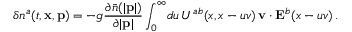
\delta n ^ { a } ( t , { \bf x } , { \bf p } ) = - g { \frac { \partial \bar { n } ( | { \bf p } | ) } { \partial | { \bf p } | } } \int _ { 0 } ^ { \infty } \! d u \, U ^ { a b } ( x , x - u v ) \, { \bf v } \cdot { \bf E } ^ { b } ( x - u v ) \, .